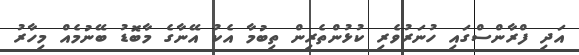
އަދި ފްރާންސްގައި ހުނަރުވެރި ކުޅުންތެރިން ތިބުމާ އެކު އޭނާގެ މާބޮޑު ބޭނުމެއް މިހާރު